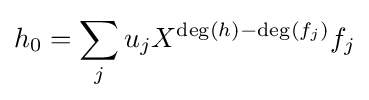
h_{0}=\sum _{j}u_{j}X^{\deg(h)-\deg(f_{j})}f_{j}